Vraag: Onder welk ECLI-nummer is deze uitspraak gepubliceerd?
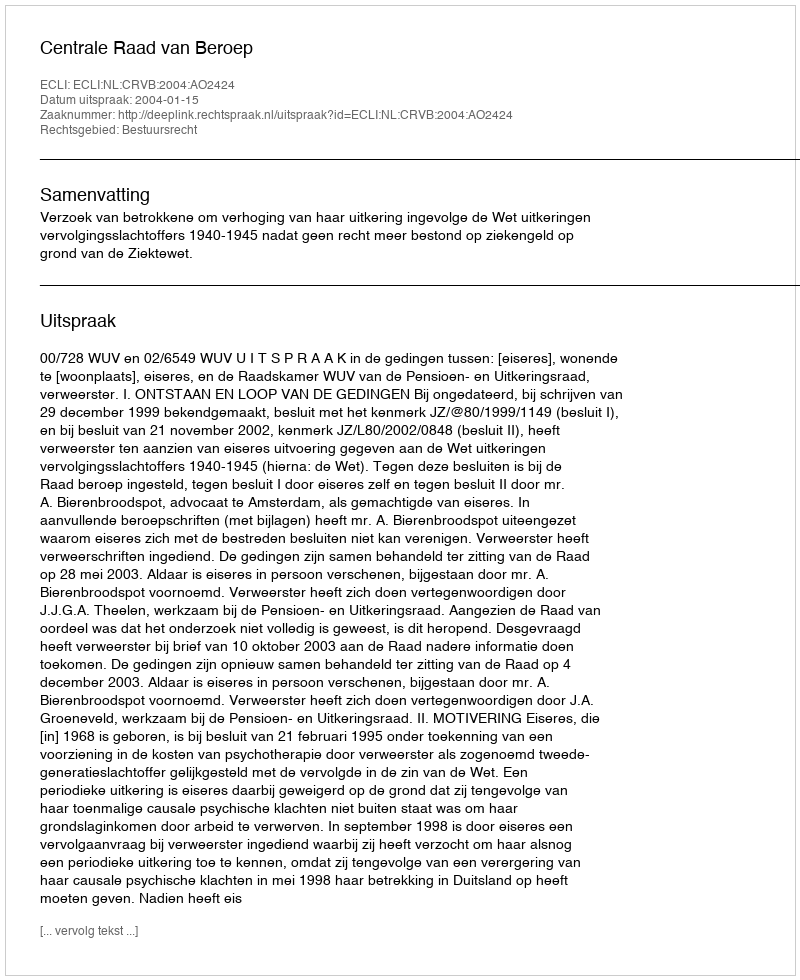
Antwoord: ECLI:NL:CRVB:2004:AO2424